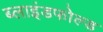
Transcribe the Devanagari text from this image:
ब्लाइंडफोल्ड